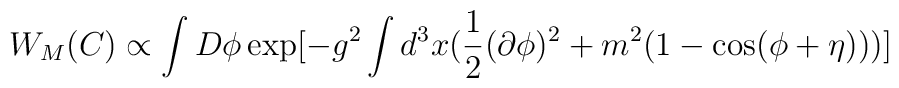
W_M(C) \propto \int D\phi \exp [-g^2 \int d^3x(\frac{1}{2}(\partial \phi)^2+m^2(1-\cos (\phi + \eta)))]